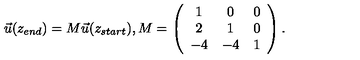
\vec { u } ( z _ { e n d } ) = M \vec { u } ( z _ { s t a r t } ) , M = \left( \begin{array} { c c c } { 1 } & { 0 } & { 0 } \\ { 2 } & { 1 } & { 0 } \\ { - 4 } & { - 4 } & { 1 } \\ \end{array} \right) .